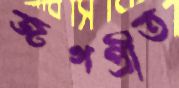
জগপ্রীত